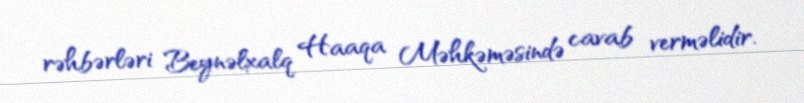
rəhbərləri Beynəlxalq Haaqa Məhkəməsində cavab verməlidir.